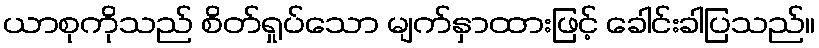
ယာစုကိုသည် စိတ်ရှုပ်သော မျက်နှာထားဖြင့် ခေါင်းခါပြသည်။